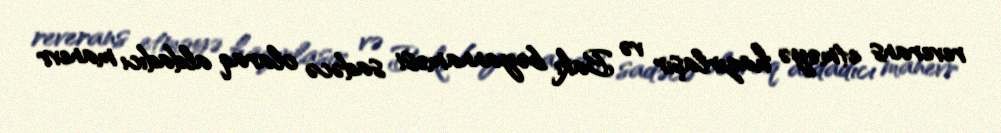
reverans etməyə hazırlaşır və Bakı bəyannaməsi sadəcə olaraq aldadıcı manevr